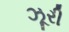
ઝૂરી